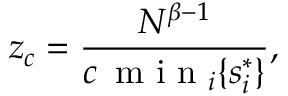
z _ { c } = \frac { N ^ { \beta - 1 } } { c \, \textrm { m i n } _ { i } \{ s _ { i } ^ { * } \} } ,